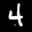
Digit: 4